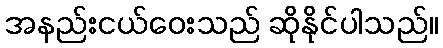
အနည်းငယ်ဝေးသည် ဆိုနိုင်ပါသည်။